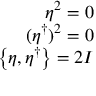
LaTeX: \begin{array} { r } { \eta ^ { 2 } = 0 } \\ { ( \eta ^ { \dagger } ) ^ { 2 } = 0 } \\ { \left\lbrace \eta , \eta ^ { \dagger } \right\rbrace = 2 I } \end{array}